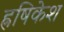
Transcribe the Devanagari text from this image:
ह्रषिकेश